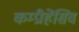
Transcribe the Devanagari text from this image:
कम्प्रीहेंसिव